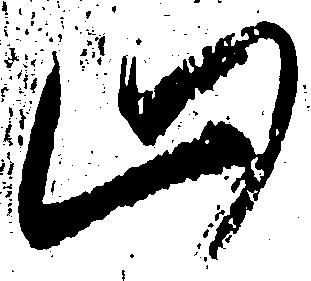
山